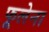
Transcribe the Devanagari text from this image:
फूलेना